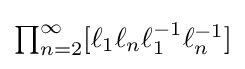
{\textstyle \prod _{n=2}^{\infty }[\ell _{1}\ell _{n}\ell _{1}^{-1}\ell _{n}^{-1}]}